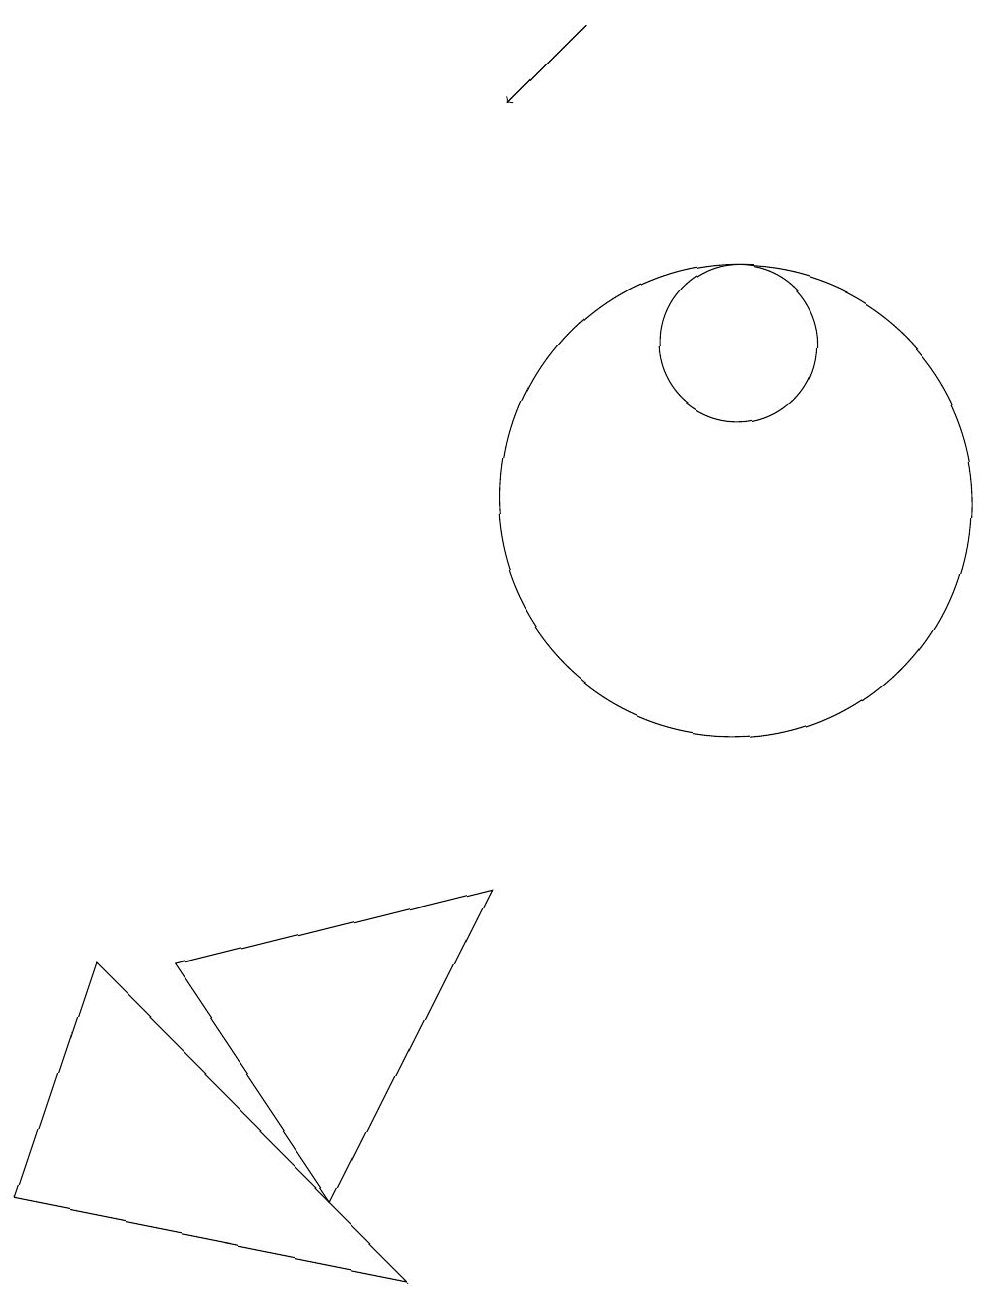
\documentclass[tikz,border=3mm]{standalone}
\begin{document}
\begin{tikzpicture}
\draw (11,12) circle (1);
\draw (8,5) -- (4,4) -- (6,1) -- cycle;
\draw (11,10) circle (3);
\draw[->] (9,16) -- (8,15);
\draw (3,4) -- (7,0) -- (2,1) -- cycle;
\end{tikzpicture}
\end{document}